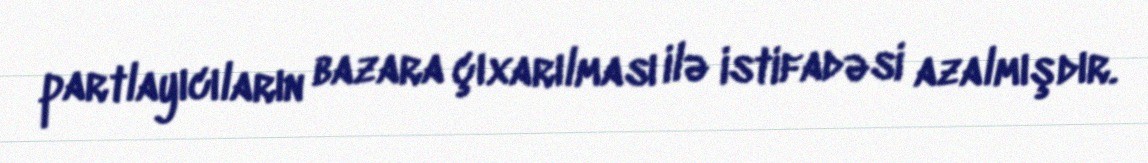
partlayıcıların bazara çıxarılması ilə istifadəsi azalmışdır.